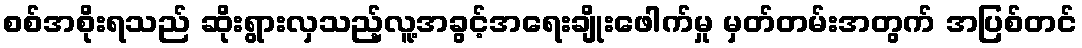
စစ်အစိုးရသည် ဆိုးရွားလှသည့်လူ့အခွင့်အရေးချိုးဖေါက်မှု မှတ်တမ်းအတွက် အပြစ်တင်